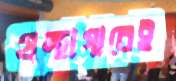
গ্রন্থাগারেই